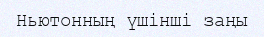
Ньютонның үшінші заңы